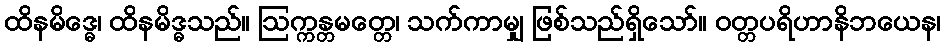
ထိနမိဒ္ဓေ၊ ထိနမိဒ္ဓသည်။ ဩက္ကန္တမတ္တေ၊ သက်ကာမျှ ဖြစ်သည်ရှိသော်။ ဝတ္တပရိဟာနိဘယေန၊